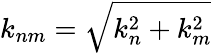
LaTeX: k_{nm}=\sqrt{k_{n}^{2}+k_{m}^{2}}